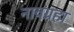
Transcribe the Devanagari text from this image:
नावग्रहा